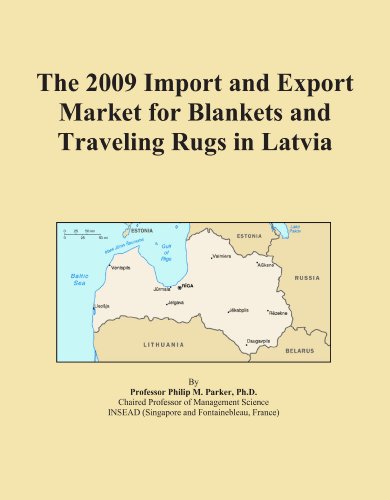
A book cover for The 2009 Import and Export Market for Blankets and Traveling Rugs in Latvia; Icon Group International; Travel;